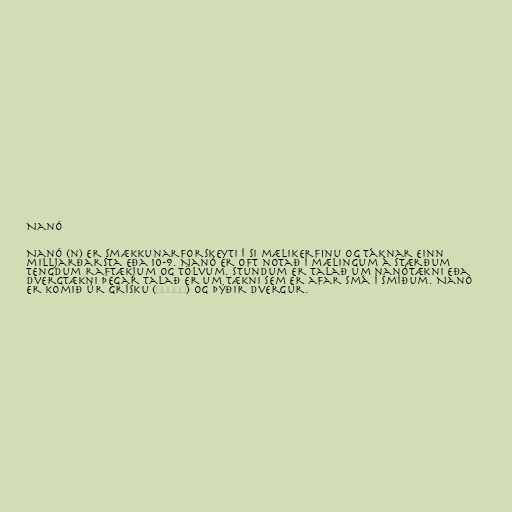
Nanó

Nanó (n) er smækkunarforskeyti í SI mælikerfinu og táknar einn
milljarðarsta eða 10-9. Nanó er oft notað í mælingum á stærðum
tengdum raftækjum og tölvum. Stundum er talað um nanótækni eða
dvergtækni þegar talað er um tækni sem er afar smá í smíðum. Nanó
er komið úr grísku (νάνος) og þýðir dvergur.